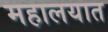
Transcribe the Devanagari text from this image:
महालयात